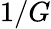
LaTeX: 1/G